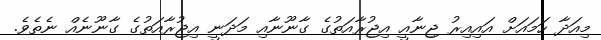
މިއަދާ ހަމައަށް އައިއިރު ޖިނާއީ އިޖުރާއަތުގެ ގާނޫނާއި މަދަނީ އިޖުރާއަތުގެ ގާނޫނެއް ނެތެވެ.